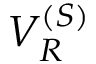
V _ { R } ^ { ( S ) }